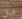
قبل